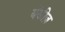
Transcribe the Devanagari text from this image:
येंकीज़